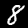
Label: 8